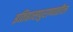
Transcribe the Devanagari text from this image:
इतिहासपुराणातील